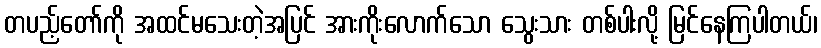
တပည့်တော်ကို အထင်မသေးတဲ့အပြင် အားကိုးလောက်သော သွေးသား တစ်ပါးလို့ မြင်နေကြပါတယ်၊